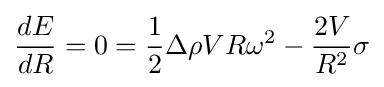
{\frac {dE}{dR}}=0={\frac {1}{2}}\Delta \rho VR\omega ^{2}-{\frac {2V}{R^{2}}}\sigma